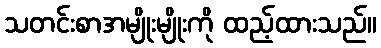
သတင်းစာအမျိုးမျိုးကို ထည့်ထားသည်။